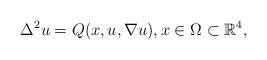
LaTeX: \begin{align*}\Delta^2 u=Q(x, u, \nabla u), x\in \Omega\subset \mathbb{R}^4,\end{align*}